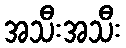
အသီးအသီး